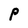
Character: P